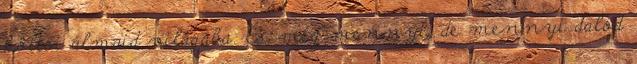
költői álmaid világába. És még mennyi, de mennyi dalod